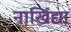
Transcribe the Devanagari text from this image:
नाखिंद्या